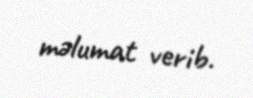
məlumat verib.